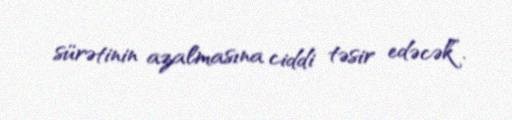
sürətinin azalmasına ciddi təsir edəcək”.